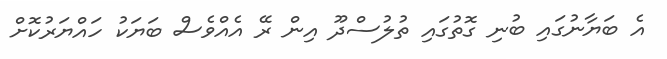
އެ ބަޔާނުގައި ބުނި ގޮތުގައި ތުލުސްދޫ އިން ރޭ އެއްވެސް ބަޔަކު ހައްޔަރުކޮށް